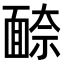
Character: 𩈫